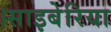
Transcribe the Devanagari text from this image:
।साइबेरिया